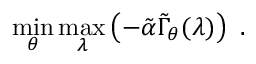
\operatorname* { m i n } _ { \theta } \operatorname* { m a x } _ { \lambda } \left( - \tilde { \alpha } \tilde { \Gamma } _ { \theta } ( \lambda ) \right) ~ .